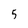
Character: 5